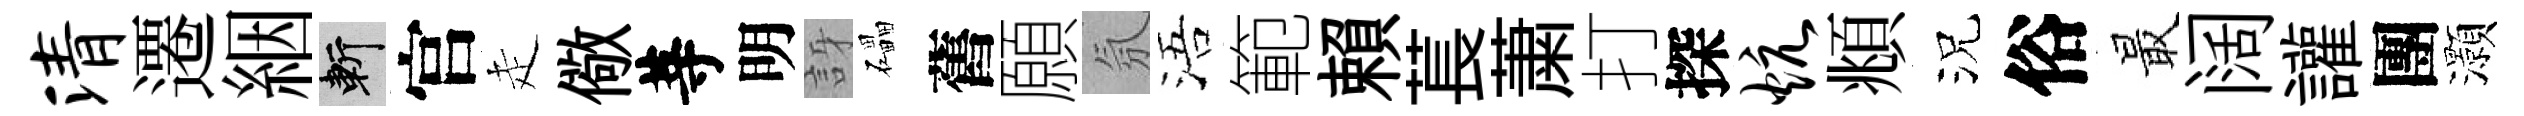
清遷絪斬官走儆䓁明訝礧舊願氛浯範賴萇䔥打探炕頫況俗最阔讙團灝